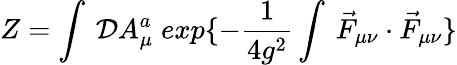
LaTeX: Z=\int\: {\cal D}A_{\mu}^{a}\; exp\{ -\frac{1}{4g^{2}}\int\: \vec{F}_{\mu\nu}\cdot\vec{F}_{\mu\nu}\}